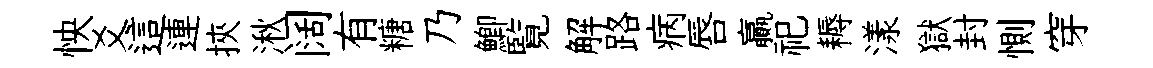
怏爻這連挾湫阔有糖乃鯽覧解路病唇贏祀耨漾獄封惻穿